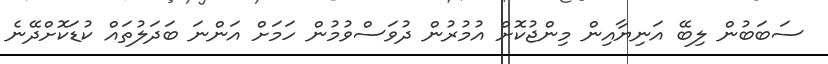
ސަބަބުން ލިބޭ އަނިޔާއިން މިންޖުކޮށް އުމުރުން ދުވަސްވުމުން ހަމަށް އަންނަ ބަދަލުތައް ކުޑަކޮށްދޭނެ